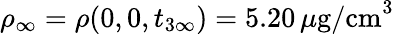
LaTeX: \rho_{\infty}=\rho(0,0,t_{3\infty})=5.20\, \mu\mathrm{g/cm}^{3}